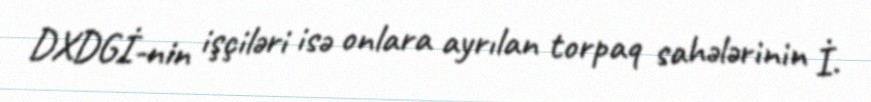
DXDGİ-nin işçiləri isə onlara ayrılan torpaq sahələrinin İ.